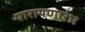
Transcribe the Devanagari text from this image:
पारायणारंभ